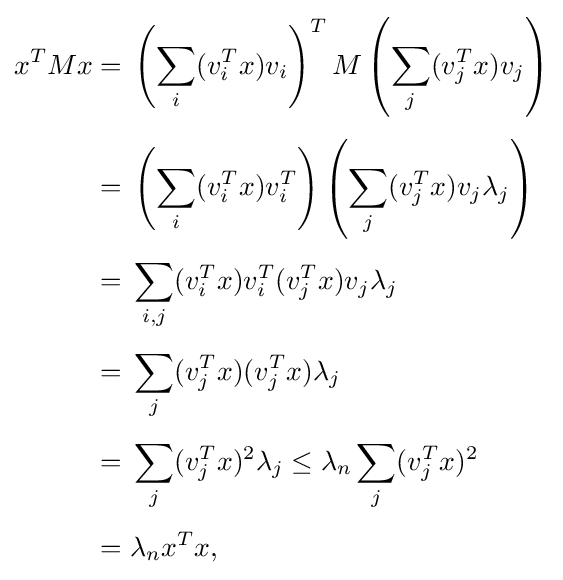
{\begin{aligned}x^{T}Mx={}&\left(\sum _{i}(v_{i}^{T}x)v_{i}\right)^{T}M\left(\sum _{j}(v_{j}^{T}x)v_{j}\right)\\[4pt]={}&\left(\sum _{i}(v_{i}^{T}x)v_{i}^{T}\right)\left(\sum _{j}(v_{j}^{T}x)v_{j}\lambda _{j}\right)\\[4pt]={}&\sum _{i,j}(v_{i}^{T}x)v_{i}^{T}(v_{j}^{T}x)v_{j}\lambda _{j}\\[4pt]={}&\sum _{j}(v_{j}^{T}x)(v_{j}^{T}x)\lambda _{j}\\[4pt]={}&\sum _{j}(v_{j}^{T}x)^{2}\lambda _{j}\leq \lambda _{n}\sum _{j}(v_{j}^{T}x)^{2}\\[4pt]={}&\lambda _{n}x^{T}x,\end{aligned}}